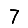
Digit: 7